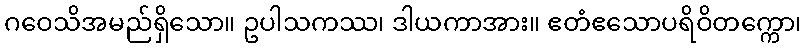
ဂဝေသိအမည်ရှိသော။ ဥပါသကဿ၊ ဒါယကာအား။ ဧတံဧသောပရိဝိတက္ကော၊